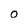
Character: O